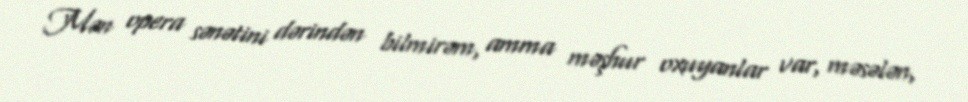
Mən opera sənətini dərindən bilmirəm, amma məşhur oxuyanlar var, məsələn,